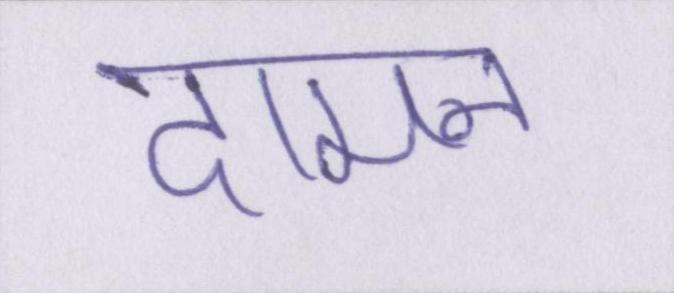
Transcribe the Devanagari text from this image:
दामन